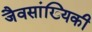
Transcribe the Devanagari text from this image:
जैवसांख्यिकी